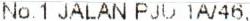
NO.1 JALAN PJU 1A/46,